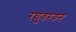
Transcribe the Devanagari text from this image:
रघुवरवन